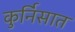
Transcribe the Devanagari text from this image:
कुर्निसात